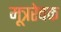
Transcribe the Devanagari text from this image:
मूत्ररेचक